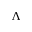
\Lambda